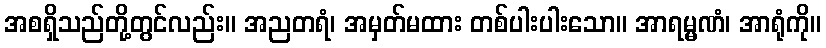
အစရှိသည်တို့တွင်လည်း။ အညတရံ၊ အမှတ်မထား တစ်ပါးပါးသော။ အာရမ္မဏံ၊ အာရုံကို။